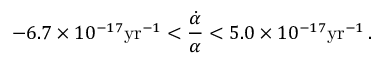
- 6 . 7 \times 1 0 ^ { - 1 7 } \mathrm { y r } ^ { - 1 } < \frac { \dot { \alpha } } { \alpha } < 5 . 0 \times 1 0 ^ { - 1 7 } \mathrm { y r } ^ { - 1 } \, .